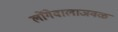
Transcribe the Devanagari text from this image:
लोंगेवालाजवळ